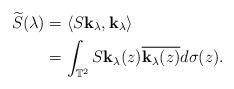
LaTeX: \begin{align*}\widetilde{S}(\lambda)&=\langle S\mathbf{k}_{{\lambda}},\mathbf{k}_{{\lambda}}\rangle\\&=\int_{\mathbb{T}^{2}}S\mathbf{k}_{{\lambda}}(z)\overline{\mathbf{k}_{{\lambda}}(z)}d\sigma(z).\end{align*}